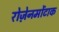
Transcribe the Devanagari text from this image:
रोज़ेनमोंटाक